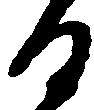
る